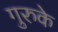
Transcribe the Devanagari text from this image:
गुरुके